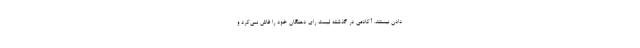
دادن نیستند. آکادمی در گذشته لیست رای دهنگان خود را فاش نمی‌کرد و